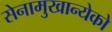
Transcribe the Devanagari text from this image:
सेनामुखान्येको